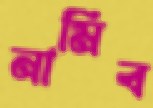
নামিব